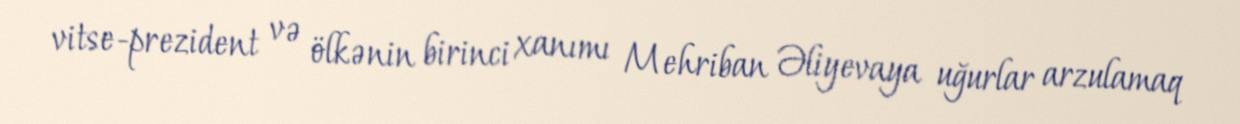
vitse-prezident və ölkənin birinci xanımı Mehriban Əliyevaya uğurlar arzulamaq